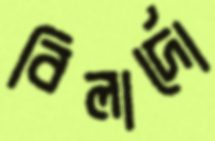
বিলার্দো